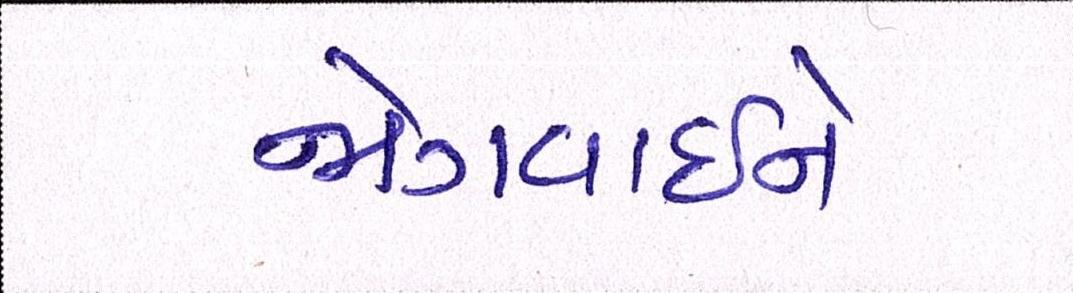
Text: જોગવાઈને